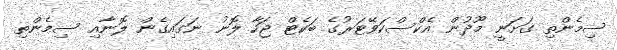
ސިމެންތި ގަށަނީ މޫދުން އެކްސްކަވޭޓަރުގެ ބަކެޓް ޖަހާ ލޮނު ނަގައިގެން ލޮނާއި ސިމެންތި